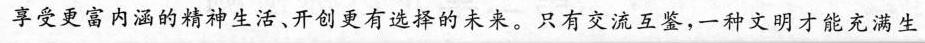
享受更富内涵的精神生活、开创更有选择的未来。只有交流互鉴，一种文明才能充满